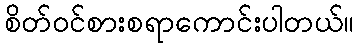
စိတ်ဝင်စားစရာကောင်းပါတယ်။